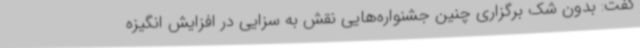
گفت: بدون شک برگزاری چنین جشنواره‌هایی نقش به سزایی در افزایش انگیزه